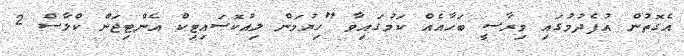
އެގޮތުން އުފެދުމުގައި ވިރާސީ ބަހާއެއް ކަމުގައިވާ "ހިޔުމަން ލިއުކޮސައިޓިކް އެންޓިޖަން ކްލާސް 2